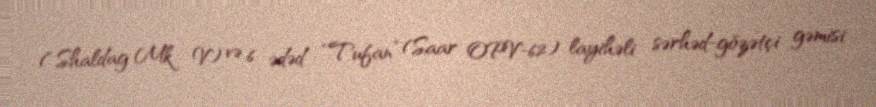
(“Shaldag Mk V) və 6 ədəd “Tufan” (Saar OPV-62) layihəli sərhəd-gözətçi gəmisi